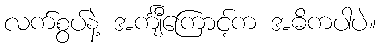
လက်စွပ်နဲ့ အင်္ကျီကြောင့်က အဓိကပါပဲ။